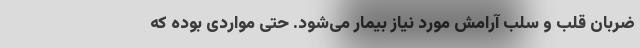
ضربان قلب و سلب آرامش مورد نیاز بیمار می‌شود. حتی مواردی بوده که